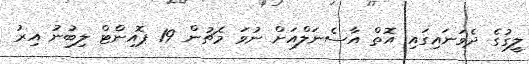
ލީގުގެ ދެވަނައިގައި އޮތް އާސެނަލްއަށް ނުވަ މެޗުން 19 ޕޮއިންޓް ލިބުނު އިރު